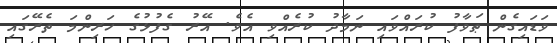
ވަޑައިގެން ޠަވާފު ކުރައްވައި ނަމާދު ކުރެއްވި އެވެ. އޭރު ގެފުޅުގެ ހަރިންމަ ތެރޭގައި